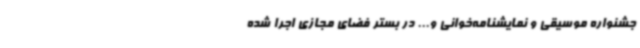
جشنواره موسیقی و نمایشنامه‌خوانی و... در بستر فضای مجازی اجرا شده